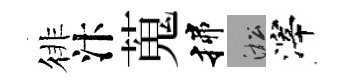
徘汴蒐揲淞滓